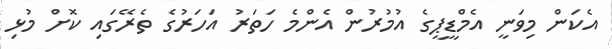
އެކަން މިވަނީ އެމްޑީޕީގެ އުމުރުން އެންމެ ހަތަރު އަހަރުގެ ތެރޭގައި ކޮށް މުޅި